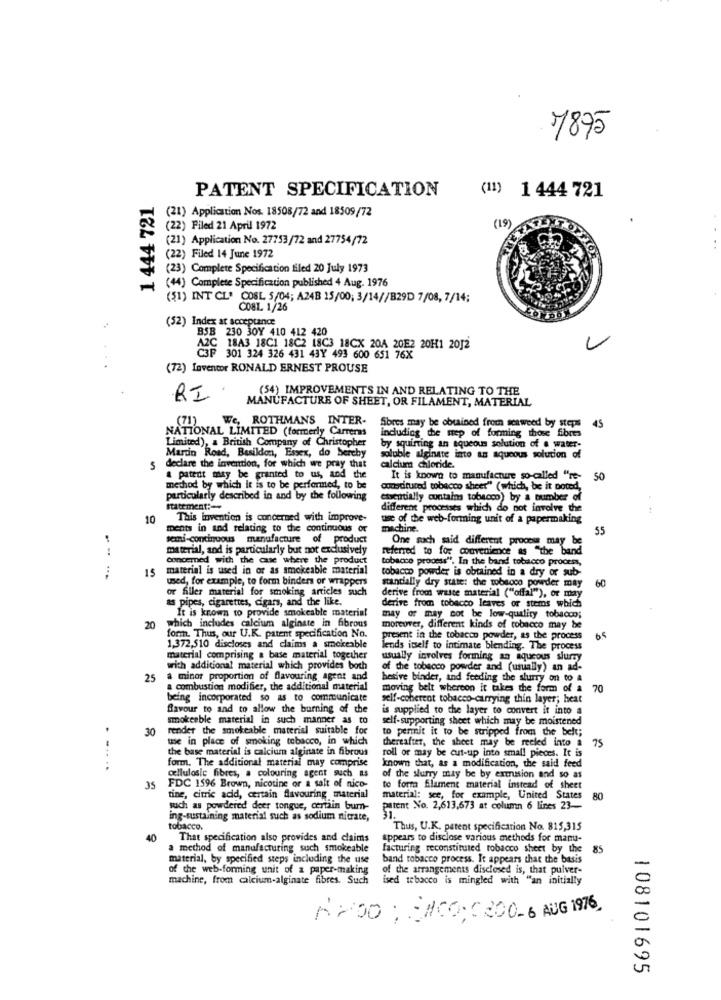
7875
PATENT SPECIFICATION
1 444 721
(11) 1 444 721
(21) Application Nos. 18508/72 and 18509/72
(22) Filed 21 April 1972
(19)
(21) Application No. 27753/72 and 27754/72
(22) Filed 14 June 1972
(23) Complete Specification filed 20 July 1973
(44) Complete Specification published 4 Aug. 1976
(51) INT CL' COSL 5/04; A24B 15/00; 3/14//B29D 7/08, 7/14:
CO81. 1/26
(52) Index at acceptance
BSB 230 30Y 410 412 420
A2C 18A3 18C1 18C2 18C3 18CX 20A 20E2 20H1 20]2
C3F 301 324 326 431 43Y 493 600 651 76X
(72) Inventor RONALD ERNEST PROUSE
(54) IMPROVEMENTS IN AND RELATING TO THE
RI
MANUFACTURE OF SHEET, OR FILAMENT, MATERIAL
We, ROTHMANS INTER-
Sibres may be obtained from seaweed by steps
45
NATIONAL LIMITED (formerly Carreras
Limited), a British Company of Christopher
including the mep of forming those fibres
Mardin Road, Basildon, Essex, do hereby
by squirting an aqueous solution of e water-
soluble alginate into an aqueous solution of
5
declare the invention, for which we pray that
calcium chloride.
a patent may be granted to us, and the
It is known to manufacture so-called "re-
50
method by which it is to be performed, to be
constructed tobacco sheet" (which, be it potod,
particularly described in and by the following
essentially contains tobacco) by a number of
statement:
different processes which do not involve the
10
This invention is concerned with improve-
use of the web-forming unit of a papermaking
ments in and relating to the continuous or
machine.
semi-continuous manufacture of product
One such said different proce may be
material, and is particularly but not exclusively
referred to for convenience as "the band
Concerned with the case where the product
tobacco process", In the band tobacco process,
15
material is used in or as smokeable material
tobacco powder is obtained in a dry or sub-
used, for example, to form binders or wrappers
60
or filler material for smoking articles such
stancially dry state: the tobacco powder may
derive from waste material ("offal"), or may
as pipes, cigarettes, cigars, and the like.
It is known to provide smokeable material
derive from tobacco leaves or stems which
20
may or may not be low-quality tobacco;
which includes calcium alginate in fibrous
form. Thus, our U.K. patent specification No.
moreover, different kinds of tobacco may be
present in the tobacco powder, as the process
1,372,510 discloses and claims a smokeable
lends itself to intimate blending. The process
material comprising a base material together
usually involves forming an aqueous slurry
with additional material which provides both
of the tobacco powder and (usually) an ad-
25 a minor proportion of flavouring agent and
hesive binder, and feeding the slurry on to a
a combustion modifier, the additional material
moving belt whereon it takes the form of a
70
being incorporated so as to communicate
self-coherent tobacco-carrying thin layer; heat
flavour to and to allow the burning of the
is supplied to the layer to convert it into a
smokeeble material in such manner as to
self-supporting sheet which may be moistened
30
render the smokeable material suitable for
to permit it to be stripped from the belt;
use in place of smoking tobacco, in which
thereafter, the sheet may be reeled into a
75
the base material is calcium alginate in fibrous
roll or may be cut-up into small pieces. It is
form. The additional material may comprise
known that, as a modification, the said feed
......
cellulosic fibres, a colouring agent such as
of the slurry may be by extrusion and so as
35
FDC 1596 Brown, nicotine or a salt of nico-
to form filament material instead of sheet
tine, citric acid, certain flavouring material
material: see, for example, United States 80
such as powdered deer tongue, certain burn-
patent No. 2,613,673 at column 6 lines 23-
ing-sustaining material such as sodium nitrate,
tobacco.
Thus, U.K. patent specification No. 815,315
40
That specification also provides and claims
appears to disclose various methods for manu-
a method of manufacturing such smokeable
facturing reconstituted tobacco sheet by the 85
material, by specified steps including the use
band tobacco process. It appears that the basis
of the web-forming unit of a paper-making
of the arrangements disclosed is, that pulver-
machine, from calcium-alginate fibres. Such
ised tobacco is mingled with "an initially
A200 ; CHICO; ( 300-6 AUG 1976
108101695